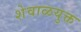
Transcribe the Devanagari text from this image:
शेवाळयुक्त